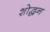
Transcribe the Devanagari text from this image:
शोद्धन